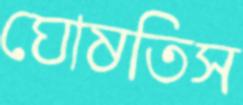
ঘোষতিস